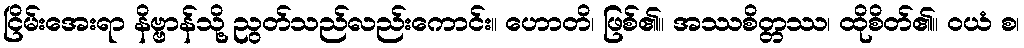
ငြိမ်းအေးရာ နိဗ္ဗာန်သို့ ညွတ်သည်လည်းကောင်း။ ဟောတိ၊ ဖြစ်၏။ အဿစိတ္တဿ၊ ထိုစိတ်၏။ ဝယံ စ၊